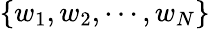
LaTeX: \{ w_{1},w_{2},\cdots,w_{N}\}